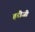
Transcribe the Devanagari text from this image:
हरीजी